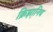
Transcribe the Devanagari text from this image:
क्रिझ़ानिच